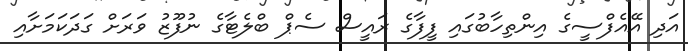
އަދި އޭއެފްސީގެ އިންތިހާބުގައި ފީފާގެ ރައީސް ސެޕް ބްލެޓާގެ ނުފޫޒު ވަރަށް ގަދަކަމަށާއި